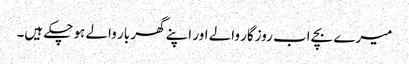
میرے بچے اب روزگار والے اور اپنے گھر بار والے ہو چکے ہیں۔